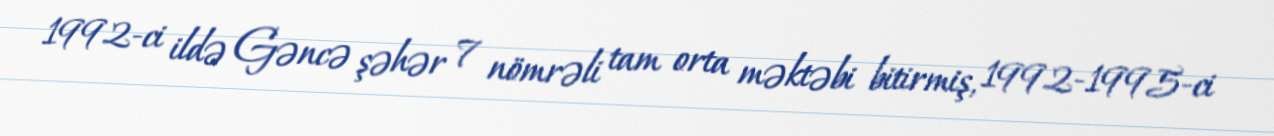
1992-ci ildə Gəncə şəhər 7 nömrəli tam orta məktəbi bitirmiş, 1992-1995-ci